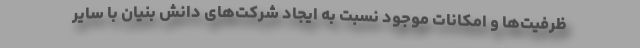
ظرفیت‌‌ها و امکانات موجود نسبت به ایجاد شرکت‌‌های دانش بنیان با سایر